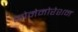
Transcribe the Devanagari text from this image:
कोमेमोरेशन